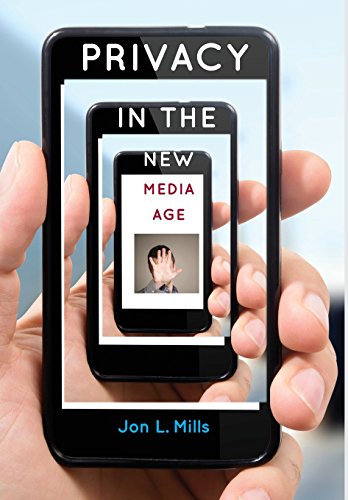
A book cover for Privacy in the New Media Age; Jon L. Mills; Business & Money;